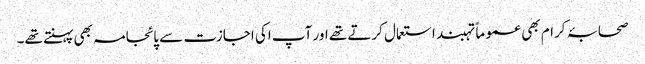
صحابۂ کرام بھی عموماً تہبند استعمال کرتے تھے اور آپ اکی اجازت سے پائجامہ بھی پہنتے تھے۔